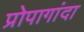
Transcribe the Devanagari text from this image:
प्रोपागांदा